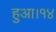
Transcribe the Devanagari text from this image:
हुआ।१४